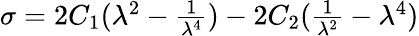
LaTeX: \begin{array}{r}{\sigma=2C_{1}(\lambda^{2}-\frac{1}{\lambda^{4}})-2C_{2}(\frac{1}{\lambda^{2}}-\lambda^{4})}\end{array}